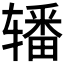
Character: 𰺜